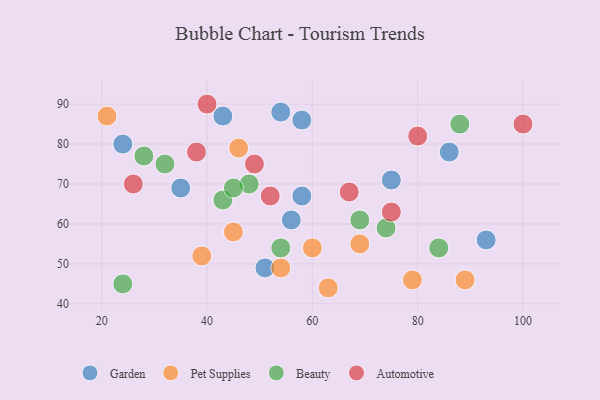
{"axis": {"x": "GDP", "y": "Life Expectancy"}, "legend": ["Automotive", "Beauty", "Garden", "Pet Supplies"], "data": [{"x": "54", "y": 88, "type": "Garden"}, {"x": "43", "y": 87, "type": "Garden"}, {"x": "86", "y": 78, "type": "Garden"}, {"x": "58", "y": 67, "type": "Garden"}, {"x": "75", "y": 71, "type": "Garden"}, {"x": "93", "y": 56, "type": "Garden"}, {"x": "24", "y": 80, "type": "Garden"}, {"x": "56", "y": 61, "type": "Garden"}, {"x": "58", "y": 86, "type": "Garden"}, {"x": "35", "y": 69, "type": "Garden"}, {"x": "51", "y": 49, "type": "Garden"}, {"x": "39", "y": 52, "type": "Pet Supplies"}, {"x": "89", "y": 46, "type": "Pet Supplies"}, {"x": "79", "y": 46, "type": "Pet Supplies"}, {"x": "60", "y": 54, "type": "Pet Supplies"}, {"x": "45", "y": 58, "type": "Pet Supplies"}, {"x": "21", "y": 87, "type": "Pet Supplies"}, {"x": "54", "y": 49, "type": "Pet Supplies"}, {"x": "63", "y": 44, "type": "Pet Supplies"}, {"x": "46", "y": 79, "type": "Pet Supplies"}, {"x": "69", "y": 55, "type": "Pet Supplies"}, {"x": "88", "y": 85, "type": "Beauty"}, {"x": "28", "y": 77, "type": "Beauty"}, {"x": "48", "y": 70, "type": "Beauty"}, {"x": "84", "y": 54, "type": "Beauty"}, {"x": "32", "y": 75, "type": "Beauty"}, {"x": "43", "y": 66, "type": "Beauty"}, {"x": "74", "y": 59, "type": "Beauty"}, {"x": "69", "y": 61, "type": "Beauty"}, {"x": "54", "y": 54, "type": "Beauty"}, {"x": "45", "y": 69, "type": "Beauty"}, {"x": "24", "y": 45, "type": "Beauty"}, {"x": "100", "y": 85, "type": "Automotive"}, {"x": "67", "y": 68, "type": "Automotive"}, {"x": "40", "y": 90, "type": "Automotive"}, {"x": "49", "y": 75, "type": "Automotive"}, {"x": "52", "y": 67, "type": "Automotive"}, {"x": "75", "y": 63, "type": "Automotive"}, {"x": "80", "y": 82, "type": "Automotive"}, {"x": "26", "y": 70, "type": "Automotive"}, {"x": "38", "y": 78, "type": "Automotive"}]}